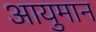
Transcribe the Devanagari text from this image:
आयुमान